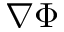
\nabla \Phi